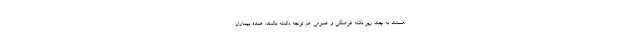
هستند به چند ریز نکته فرهنگی و عمومی هم توجه داشته باشند: عمده بیماران